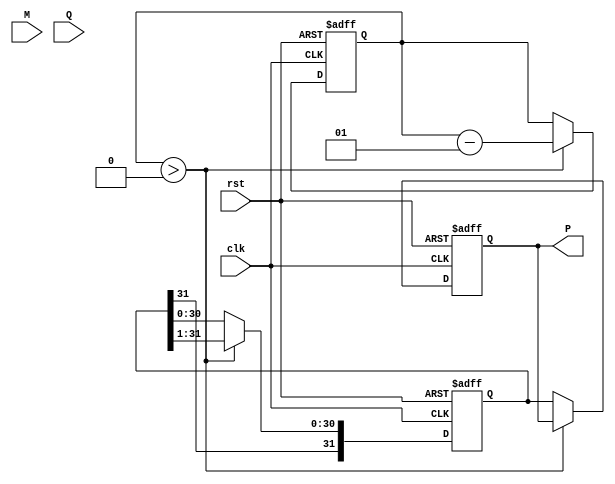
module ModifiedBoothMultiplier (
    input wire clk,          // Clock signal
    input wire rst,          // Reset signal
    input wire signed [15:0] M, // Multiplicand
    input wire signed [15:0] Q, // Multiplier
    output reg signed [31:0] P // Product output
);

    // Registers for A, Q and Q-1
    reg signed [31:0] A;    // Accumulator
    reg signed [15:0] Q_reg; // Working register for Q
    reg Q_1;                // Previous bit of Q
    integer count;          // Loop counter

    always @(posedge clk or posedge rst) begin
        if (rst) begin
            // Initialization
            A <= 0;
            Q_reg <= Q;
            Q_1 <= 0;
            P <= 0;
            count <= 16; // Number of bits for signed numbers
        end else begin
            if (count > 0) begin
                // Booth's algorithm implementation
                case ({Q_reg[0], Q_1}) // Analyze the last two bits
                    2'b00: begin
                        // No operation
                        A <= A;
                    end
                    2'b01: begin
                        // Add M to A
                        A <= A + M;
                    end
                    2'b10: begin
                        // Subtract M from A
                        A <= A - M;
                    end
                    2'b11: begin
                        // No operation
                        A <= A;
                    end
                endcase

                // Perform arithmetic right shift
                {A, Q_reg} <= {A[31], A, Q_reg} >> 1; // Arithmetic shift to keep sign
                Q_1 <= Q_reg[0]; // Update Q-1 to the current Q[0]
                
                count <= count - 1; // Decrement the count
            end else begin
                P <= A; // Store the product in P after the loop terminates
            end
        end
    end
endmodule